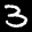
Label: 3